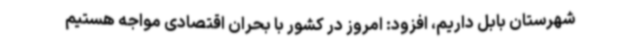
شهرستان بابل داریم، افزود: امروز در کشور با بحران اقتصادی مواجه هستیم